Elephants and their diseases
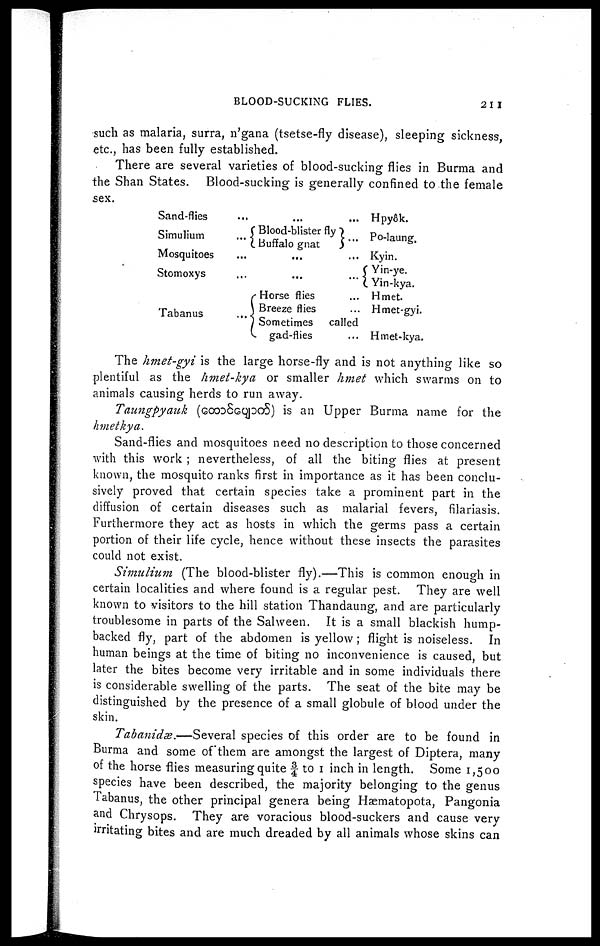
BLOOD-SUCKING FLIES.
211
such as malaria, surra, n'gana (tsetse-fly disease), sleeping sickness,
etc., has been fully established.
There are several varieties of blood-sucking flies in Burma and
the Shan States. Blood-sucking is generally confined to the female
sex.
Sand-flies
Simulium
Mosquitoes
Stomoxys
Tabanus
.........
{ Blood-blister fly
... Buffalo gnat
.........
.........
Horse flies
Breeze flies
Sometimes called
gad-flies...
Hpyôk.
Po-laung.
Kyin.
{ Yin-ye.
{ Yin-kya.
Hmet.
Hmet-gyi.
Hmet-kya.
The hmet-gyi is the large horse-fly and is not anything like so
plentiful as the hmet-kya or smaller hmet which swarms on to
animals causing herds to run away.
Taungpyauk (
) is an Upper Burma name for the
hmetkya.
Sand-flies and mosquitoes need no description to those concerned
with this work ; nevertheless, of all the biting flies at present
known, the mosquito ranks first in importance as it has been conclu-
sively proved that certain species take a prominent part in the
diffusion of certain diseases such as malarial fevers, filariasis.
Furthermore they act as hosts in which the germs pass a certain
portion of their life cycle, hence without these insects the parasites
could not exist.
Simulium (The blood-blister fly).—This is common enough in
certain localities and where found is a regular pest. They are well
known to visitors to the hill station Thandaung, and are particularly
troublesome in parts of the Salween. It is a small blackish hump-
backed fly, part of the abdomen is yellow; flight is noiseless. In
human beings at the time of biting no inconvenience is caused, but
later the bites become very irritable and in some individuals there
is considerable swelling of the parts. The seat of the bite may be
distinguished by the presence of a small globule of blood under the
skin.
Tabanidæ.—Several species of this order are to be found in
Burma and some of them are amongst the largest of Diptera, many
of the horse flies measuring quite ¾ to 1 inch in length. Some 1,500
species have been described, the majority belonging to the genus
Tabanus, the other principal genera being Hæmatopota, Pangonia
and Chrysops. They are voracious blood-suckers and cause very
irritating bites and are much dreaded by all animals whose skins can